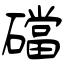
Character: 礑